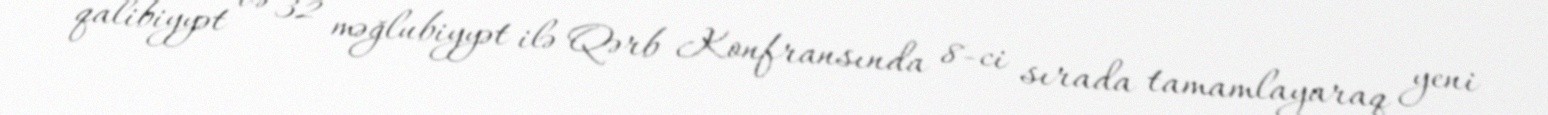
qalibiyyət və 32 məğlubiyyət ilə Qərb Konfransında 8-ci sırada tamamlayaraq yeni